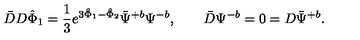
\bar { D } D { \hat { \Phi } } _ { 1 } = { \frac { 1 } { 3 } } e ^ { 3 { \hat { \Phi } } _ { 1 } - { \hat { \Phi } } _ { 2 } } \bar { \Psi } ^ { + b } \Psi ^ { - b } , \qquad \bar { D } \Psi ^ { - b } = 0 = D \bar { \Psi } ^ { + b } .